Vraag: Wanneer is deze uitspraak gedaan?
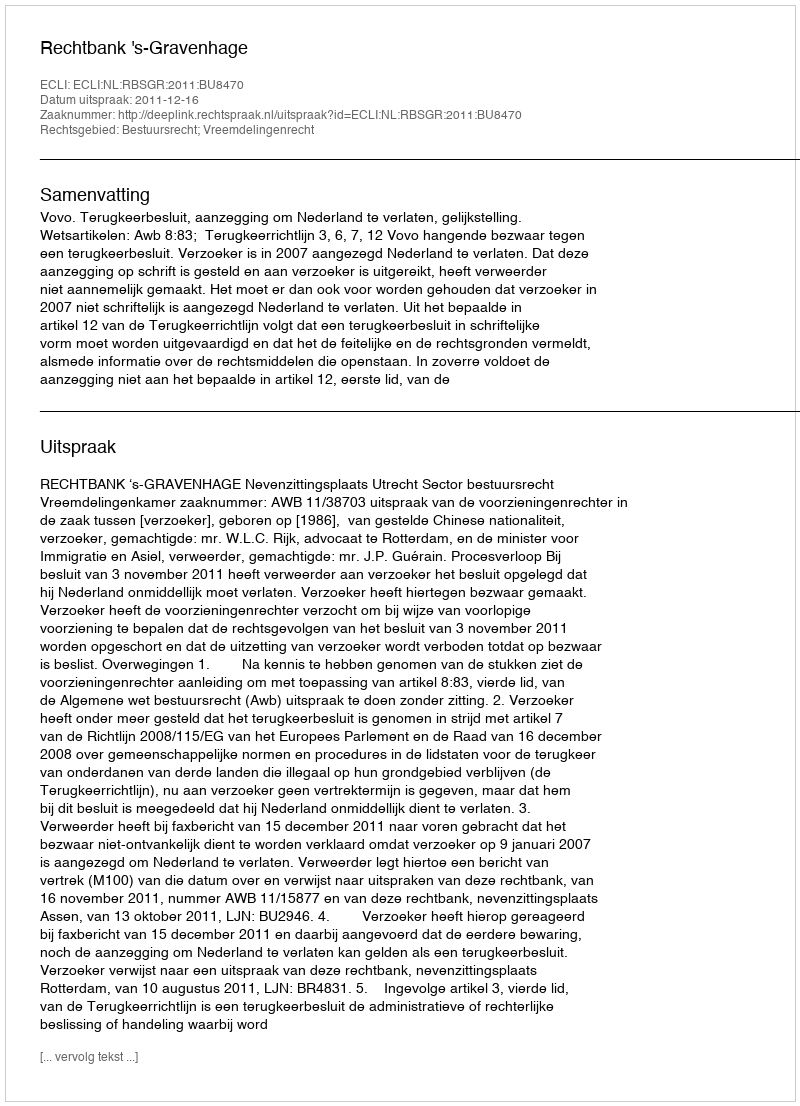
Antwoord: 2011-12-16